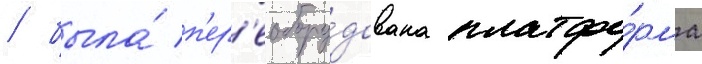
/ была́ п'ер'еобору́дована платфо́рма